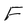
Character: F